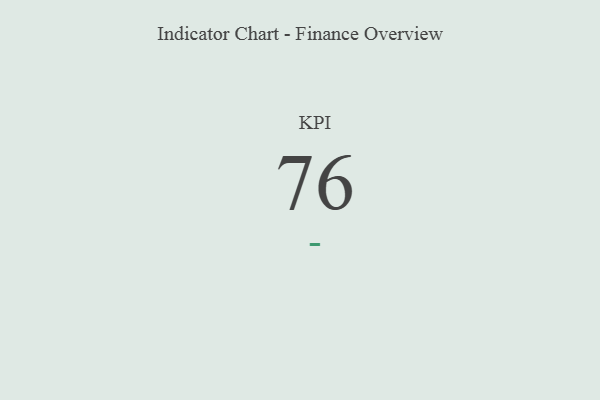
{"axis": {"x": "KPI", "y": "Value"}, "legend": [""], "data": [{"x": "KPI", "y": 76, "type": ""}]}